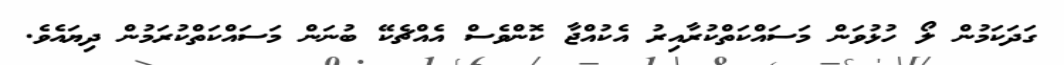
ގަދަކަމުން ލޯ ހުޅުވަން މަސައްކަތްކުރާއިރު އެކުއްޖާ ކޮންވެސް އެއްޗެކޭ ބުނަން މަސައްކަތްކުރަމުން ދިޔައެވެ.